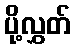
ပို့လွှတ်